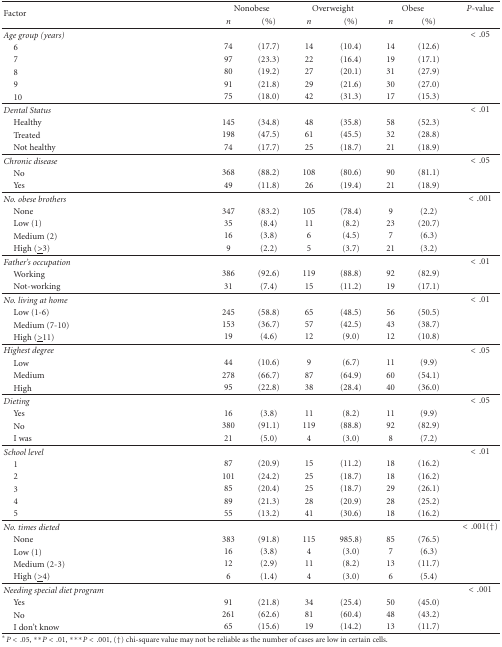
<table><thead><tr><td rowspan="2"><b>Factor</b></td><td colspan="2"><b>Nonobese</b></td><td colspan="2"><b>Overweight</b></td><td colspan="2"><b>Obese</b></td><td><b><i>P</i>-value</b></td></tr><tr><td><b><i>n</i></b></td><td><b>(%)</b></td><td><b><i>n</i></b></td><td><b>(%)</b></td><td><b><i>n</i></b></td><td><b>(%)</b></td><td></td></tr></thead><tbody><tr><td><i>Age group (years)</i></td><td></td><td></td><td></td><td></td><td></td><td></td><td>&lt; .05</td></tr><tr><td> 6</td><td>74</td><td>(17.7)</td><td>14</td><td>(10.4)</td><td>14</td><td>(12.6)</td><td></td></tr><tr><td> 7</td><td>97</td><td>(23.3)</td><td>22</td><td>(16.4)</td><td>19</td><td>(17.1)</td><td></td></tr><tr><td> 8</td><td>80</td><td>(19.2)</td><td>27</td><td>(20.1)</td><td>31</td><td>(27.9)</td><td></td></tr><tr><td> 9</td><td>91</td><td>(21.8)</td><td>29</td><td>(21.6)</td><td>30</td><td>(27.0)</td><td></td></tr><tr><td> 10</td><td>75</td><td>(18.0)</td><td>42</td><td>(31.3)</td><td>17</td><td>(15.3)</td><td></td></tr><tr><td><i>Dental Status</i></td><td></td><td></td><td></td><td></td><td></td><td></td><td>&lt; .01</td></tr><tr><td> Healthy</td><td>145</td><td>(34.8)</td><td>48</td><td>(35.8)</td><td>58</td><td>(52.3)</td><td></td></tr><tr><td> Treated</td><td>198</td><td>(47.5)</td><td>61</td><td>(45.5)</td><td>32</td><td>(28.8)</td><td></td></tr><tr><td> Not healthy</td><td>74</td><td>(17.7)</td><td>25</td><td>(18.7)</td><td>21</td><td>(18.9)</td><td></td></tr><tr><td><i>Chronic disease</i></td><td></td><td></td><td></td><td></td><td></td><td></td><td>&lt; .05</td></tr><tr><td> No</td><td>368</td><td>(88.2)</td><td>108</td><td>(80.6)</td><td>90</td><td>(81.1)</td><td></td></tr><tr><td> Yes</td><td>49</td><td>(11.8)</td><td>26</td><td>(19.4)</td><td>21</td><td>(18.9)</td><td></td></tr><tr><td><i>No. obese brothers</i></td><td></td><td></td><td></td><td></td><td></td><td></td><td>&lt; .001</td></tr><tr><td> None</td><td>347</td><td>(83.2)</td><td>105</td><td>(78.4)</td><td>9</td><td>(2.2)</td><td></td></tr><tr><td> Low (1)</td><td>35</td><td>(8.4)</td><td>11</td><td>(8.2)</td><td>23</td><td>(20.7)</td><td></td></tr><tr><td> Medium (2)</td><td>16</td><td>(3.8)</td><td>6</td><td>(4.5)</td><td>7</td><td>(6.3)</td><td></td></tr><tr><td> High (<underline>&gt;</underline>3)</td><td>9</td><td>(2.2)</td><td>5</td><td>(3.7)</td><td>21</td><td>(3.2)</td><td></td></tr><tr><td><i>Father&#x27;s occupation</i></td><td></td><td></td><td></td><td></td><td></td><td></td><td>&lt; .01</td></tr><tr><td> Working</td><td>386</td><td>(92.6)</td><td>119</td><td>(88.8)</td><td>92</td><td>(82.9)</td><td></td></tr><tr><td> Not-working</td><td>31</td><td>(7.4)</td><td>15</td><td>(11.2)</td><td>19</td><td>(17.1)</td><td></td></tr><tr><td><i>No. living at home</i></td><td></td><td></td><td></td><td></td><td></td><td></td><td>&lt; .01</td></tr><tr><td> Low (1-6)</td><td>245</td><td>(58.8)</td><td>65</td><td>(48.5)</td><td>56</td><td>(50.5)</td><td></td></tr><tr><td> Medium (7-10)</td><td>153</td><td>(36.7)</td><td>57</td><td>(42.5)</td><td>43</td><td>(38.7)</td><td></td></tr><tr><td> High (<underline>&gt;</underline>11)</td><td>19</td><td>(4.6)</td><td>12</td><td>(9.0)</td><td>12</td><td>(10.8)</td><td></td></tr><tr><td><i>Highest degree</i></td><td></td><td></td><td></td><td></td><td></td><td></td><td>&lt; .05</td></tr><tr><td> Low</td><td>44</td><td>(10.6)</td><td>9</td><td>(6.7)</td><td>11</td><td>(9.9)</td><td></td></tr><tr><td> Medium</td><td>278</td><td>(66.7)</td><td>87</td><td>(64.9)</td><td>60</td><td>(54.1)</td><td></td></tr><tr><td> High</td><td>95</td><td>(22.8)</td><td>38</td><td>(28.4)</td><td>40</td><td>(36.0)</td><td></td></tr><tr><td><i>Dieting</i></td><td></td><td></td><td></td><td></td><td></td><td></td><td>&lt; .05</td></tr><tr><td> Yes</td><td>16</td><td>(3.8)</td><td>11</td><td>(8.2)</td><td>11</td><td>(9.9)</td><td></td></tr><tr><td> No</td><td>380</td><td>(91.1)</td><td>119</td><td>(88.8)</td><td>92</td><td>(82.9)</td><td></td></tr><tr><td> I was</td><td>21</td><td>(5.0)</td><td>4</td><td>(3.0)</td><td>8</td><td>(7.2)</td><td></td></tr><tr><td><i>School level</i></td><td></td><td></td><td></td><td></td><td></td><td></td><td>&lt; .01</td></tr><tr><td> 1</td><td>87</td><td>(20.9)</td><td>15</td><td>(11.2)</td><td>18</td><td>(16.2)</td><td></td></tr><tr><td> 2</td><td>101</td><td>(24.2)</td><td>25</td><td>(18.7)</td><td>18</td><td>(16.2)</td><td></td></tr><tr><td> 3</td><td>85</td><td>(20.4)</td><td>25</td><td>(18.7)</td><td>29</td><td>(26.1)</td><td></td></tr><tr><td> 4</td><td>89</td><td>(21.3)</td><td>28</td><td>(20.9)</td><td>28</td><td>(25.2)</td><td></td></tr><tr><td> 5</td><td>55</td><td>(13.2)</td><td>41</td><td>(30.6)</td><td>18</td><td>(16.2)</td><td></td></tr><tr><td><i>No. times dieted</i></td><td></td><td></td><td></td><td></td><td></td><td></td><td>&lt; .001(†)</td></tr><tr><td> None</td><td>383</td><td>(91.8)</td><td>115</td><td>985.8)</td><td>85</td><td>(76.5)</td><td></td></tr><tr><td> Low (1)</td><td>16</td><td>(3.8)</td><td>4</td><td>(3.0)</td><td>7</td><td>(6.3)</td><td></td></tr><tr><td> Medium (2-3)</td><td>12</td><td>(2.9)</td><td>11</td><td>(8.2)</td><td>13</td><td>(11.7)</td><td></td></tr><tr><td> High (<underline>&gt;</underline>4)</td><td>6</td><td>(1.4)</td><td>4</td><td>(3.0)</td><td>6</td><td>(5.4)</td><td></td></tr><tr><td><i>Needing special diet program</i></td><td></td><td></td><td></td><td></td><td></td><td></td><td>&lt; .001</td></tr><tr><td> Yes</td><td>91</td><td>(21.8)</td><td>34</td><td>(25.4)</td><td>50</td><td>(45.0)</td><td></td></tr><tr><td> No</td><td>261</td><td>(62.6)</td><td>81</td><td>(60.4)</td><td>48</td><td>(43.2)</td><td></td></tr><tr><td> I don&#x27;t know</td><td>65</td><td>(15.6)</td><td>19</td><td>(14.2)</td><td>13</td><td>(11.7)</td><td></td></tr></tbody></table>